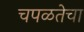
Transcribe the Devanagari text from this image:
चपळतेचा